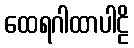
ထေရဂါထာပါဠိ